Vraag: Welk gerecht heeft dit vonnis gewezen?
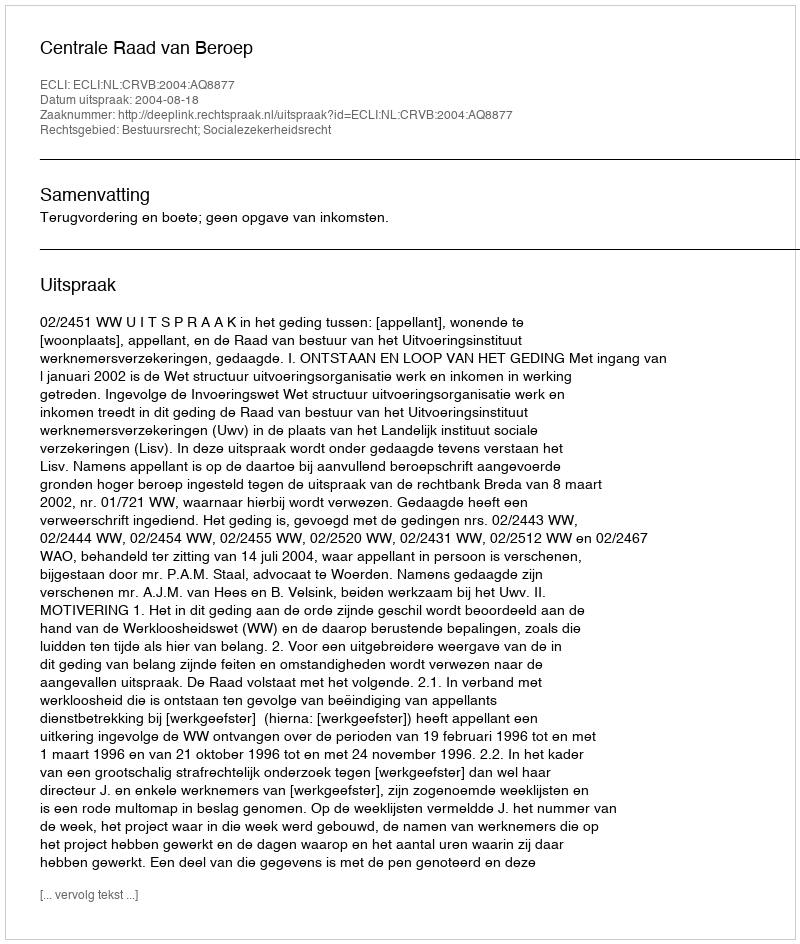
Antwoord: Centrale Raad van Beroep